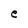
Character: e